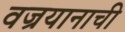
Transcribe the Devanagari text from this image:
वज्रयानाची